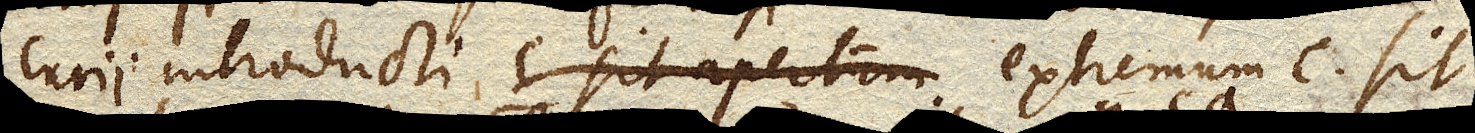
curii introducti extremum c sit